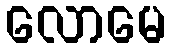
လောမေ